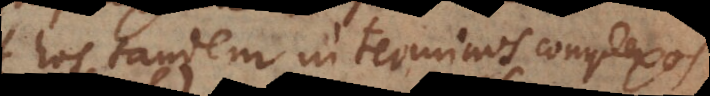
hos tandem in terminos complexos